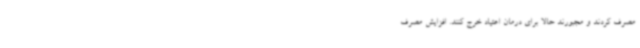
مصرف کردند و مجبورند حالا برای درمان اعتیاد خرج کنند. افزایش مصرف